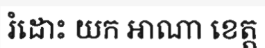
រំដោះ យក អាណា ខេត្ត